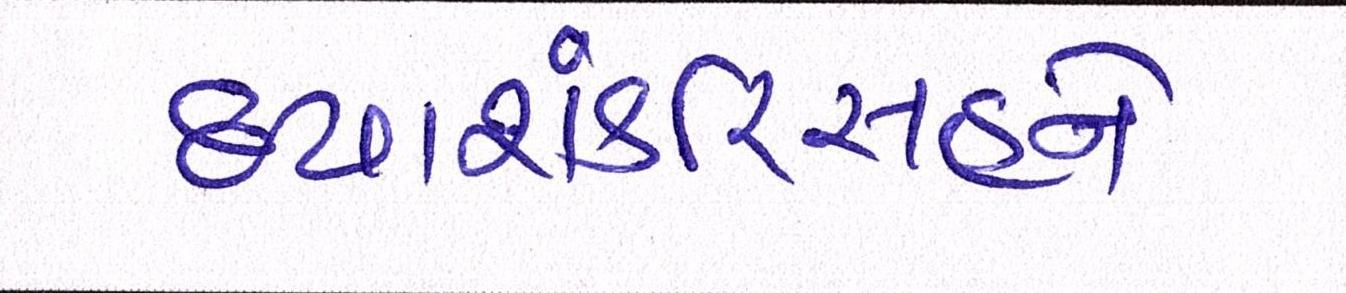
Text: દયાશંકરિંસહને